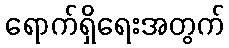
ရောက်ရှိရေးအတွက်